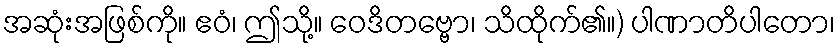
အဆုံးအဖြစ်ကို။ ဧဝံ၊ ဤသို့။ ဝေဒိတဗ္ဗော၊ သိထိုက်၏။) ပါဏာတိပါတော၊